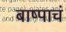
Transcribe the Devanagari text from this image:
बाष्पाचं